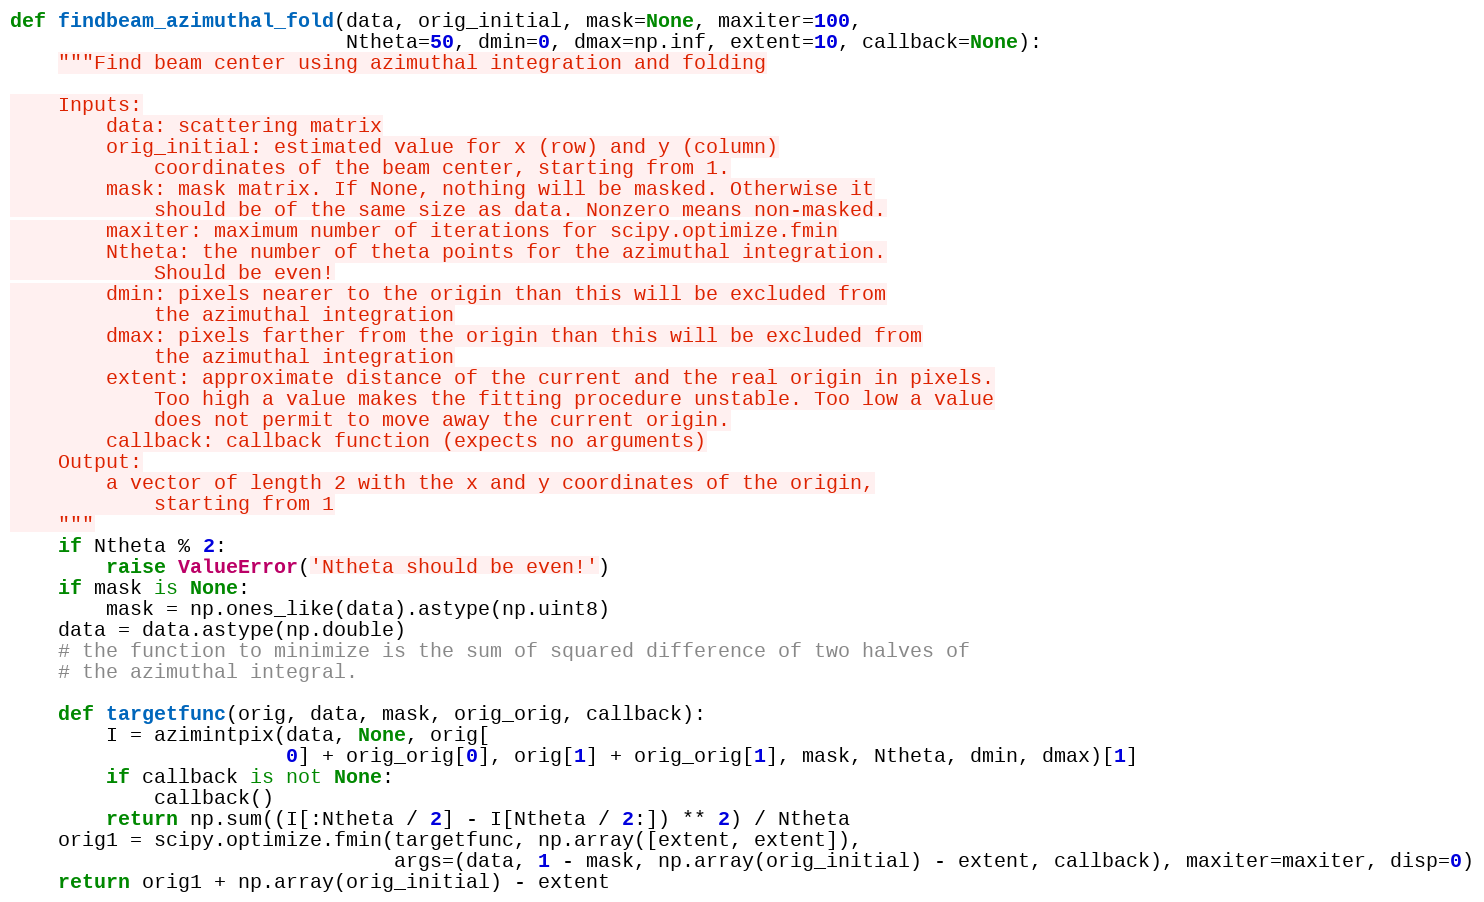
Language: Python
def findbeam_azimuthal_fold(data, orig_initial, mask=None, maxiter=100,
                            Ntheta=50, dmin=0, dmax=np.inf, extent=10, callback=None):
    """Find beam center using azimuthal integration and folding

    Inputs:
        data: scattering matrix
        orig_initial: estimated value for x (row) and y (column)
            coordinates of the beam center, starting from 1.
        mask: mask matrix. If None, nothing will be masked. Otherwise it
            should be of the same size as data. Nonzero means non-masked.
        maxiter: maximum number of iterations for scipy.optimize.fmin
        Ntheta: the number of theta points for the azimuthal integration.
            Should be even!
        dmin: pixels nearer to the origin than this will be excluded from
            the azimuthal integration
        dmax: pixels farther from the origin than this will be excluded from
            the azimuthal integration
        extent: approximate distance of the current and the real origin in pixels.
            Too high a value makes the fitting procedure unstable. Too low a value
            does not permit to move away the current origin.
        callback: callback function (expects no arguments)
    Output:
        a vector of length 2 with the x and y coordinates of the origin,
            starting from 1
    """
    if Ntheta % 2:
        raise ValueError('Ntheta should be even!')
    if mask is None:
        mask = np.ones_like(data).astype(np.uint8)
    data = data.astype(np.double)
    # the function to minimize is the sum of squared difference of two halves of
    # the azimuthal integral.

    def targetfunc(orig, data, mask, orig_orig, callback):
        I = azimintpix(data, None, orig[
                       0] + orig_orig[0], orig[1] + orig_orig[1], mask, Ntheta, dmin, dmax)[1]
        if callback is not None:
            callback()
        return np.sum((I[:Ntheta / 2] - I[Ntheta / 2:]) ** 2) / Ntheta
    orig1 = scipy.optimize.fmin(targetfunc, np.array([extent, extent]),
                                args=(data, 1 - mask, np.array(orig_initial) - extent, callback), maxiter=maxiter, disp=0)
    return orig1 + np.array(orig_initial) - extent